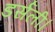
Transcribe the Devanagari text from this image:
डर्सली।